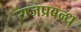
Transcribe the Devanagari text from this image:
राजप्रबन्ध